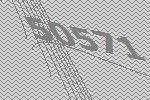
50571